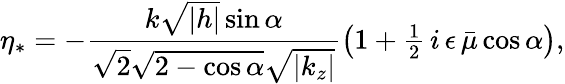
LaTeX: \eta_{*}=-\frac{k\sqrt{|h|}\sin\alpha}{\sqrt{2}\sqrt{2-\cos\alpha}\sqrt{\left|k_{z}\right|}}\left(1+{\textstyle\frac{1}{2}}\, i\, \epsilon\, \bar{\mu}\cos\alpha\right),